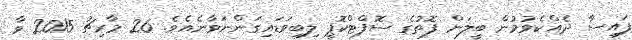
ފައިސާ ދެއްކެވުމުން ބީލަން ފޮތުގެ ސޮފްޓްކޮޕީ ލިބިވަޑައިގަންނަވާނެއެވެ. 26 މާރިޗު 2015 ވާ